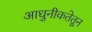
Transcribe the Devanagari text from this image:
आधुनीकतेतून